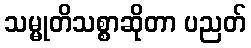
သမ္မုတိသစ္စာဆိုတာ ပညတ်